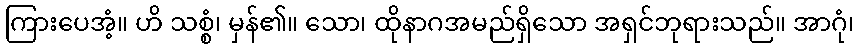
ကြားပေအံ့။ ဟိ သစ္စံ၊ မှန်၏။ သော၊ ထိုနာဂအမည်ရှိသော အရှင်ဘုရားသည်။ အာဂုံ၊